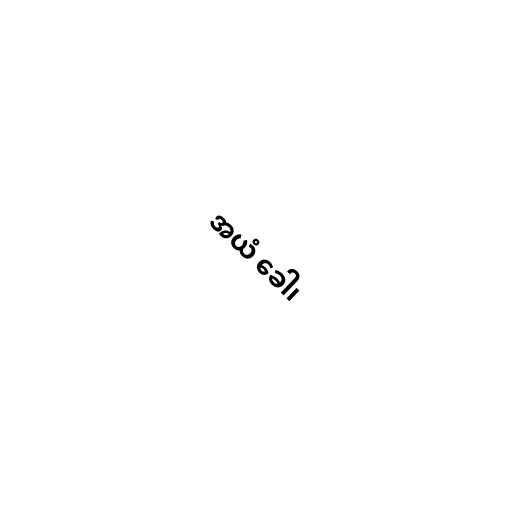
အယံ ခေါ၊